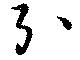
引